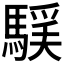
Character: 𩤻